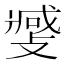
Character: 𫿎